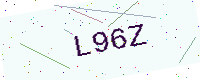
Text: L96Z